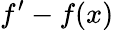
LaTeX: f^{\prime}-f(x)